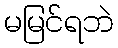
မမြင်ရဘဲ